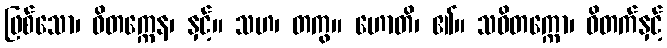
ဖြစ်သော၊ ဝိတက္ကေန၊ နှင့်။ သဟ၊ တကွ။ ဟောတိ၊ ၏။ သဝိတက္ကော၊ ဝိတက်နှင့်